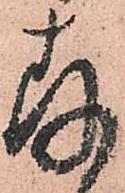
存